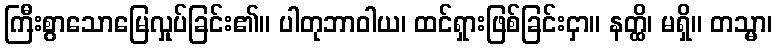
ကြီးစွာသောမြေလှုပ်ခြင်း၏။ ပါတုဘာဝါယ၊ ထင်ရှားဖြစ်ခြင်းငှာ။ နတ္ထိ၊ မရှိ။ တသ္မာ၊